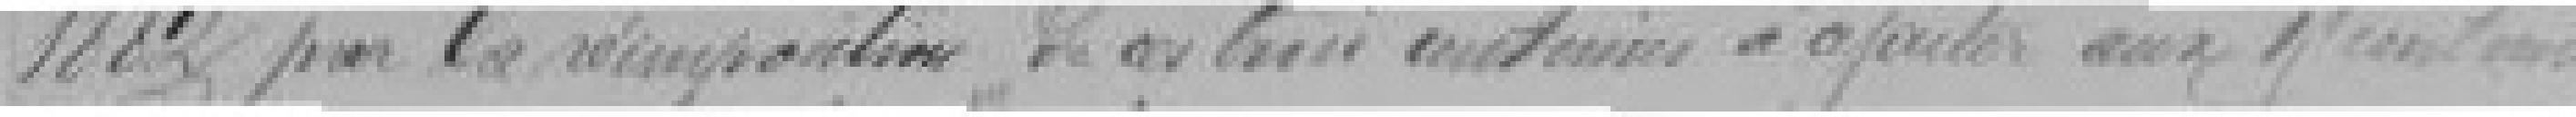
1883 pour la réimjonction ?? de ces trois centaines à ajouter aux ??